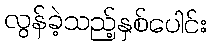
လွန်ခဲ့သည့်နှစ်ပေါင်း